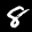
Label: 8